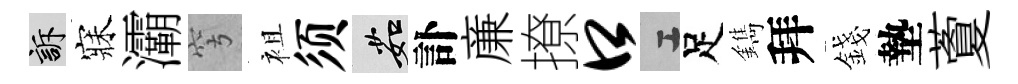
訴寐灞穹袓须茹訃亷撩口工足鐫拜錢墊藑